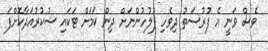
ވެސް ވަނީ އެ ފުރުސަތު ދިވެހި ފުލުހުންނަށް ދިން ކަމަށް ޓަކައި ޝުކުރުއަދާކޮށްފަ